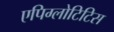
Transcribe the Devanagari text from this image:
एपिग्लोटिटिस